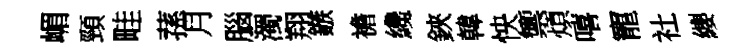
嵋頸畦蓀月腦濁翔鏃襜纔鋏韓怏籞煩嘻寵社纓